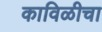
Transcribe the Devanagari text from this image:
काविळीचा